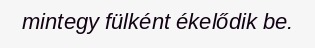
mintegy fülként ékelődik be.